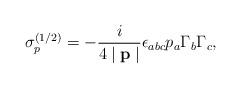
LaTeX: \begin{align*}\sigma _p^{(1/2)}=-\frac i{4\mid \mathbf{p}\mid }\epsilon_{abc}p_a\Gamma _b\Gamma _c ,\end{align*}